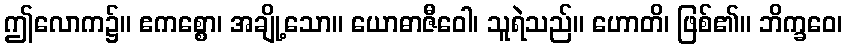
ဤလောက၌။ ဧကစ္စော၊ အချို့သော။ ယောဓာဇီဝေါ၊ သူရဲသည်။ ဟောတိ၊ ဖြစ်၏။ ဘိက္ခဝေ၊